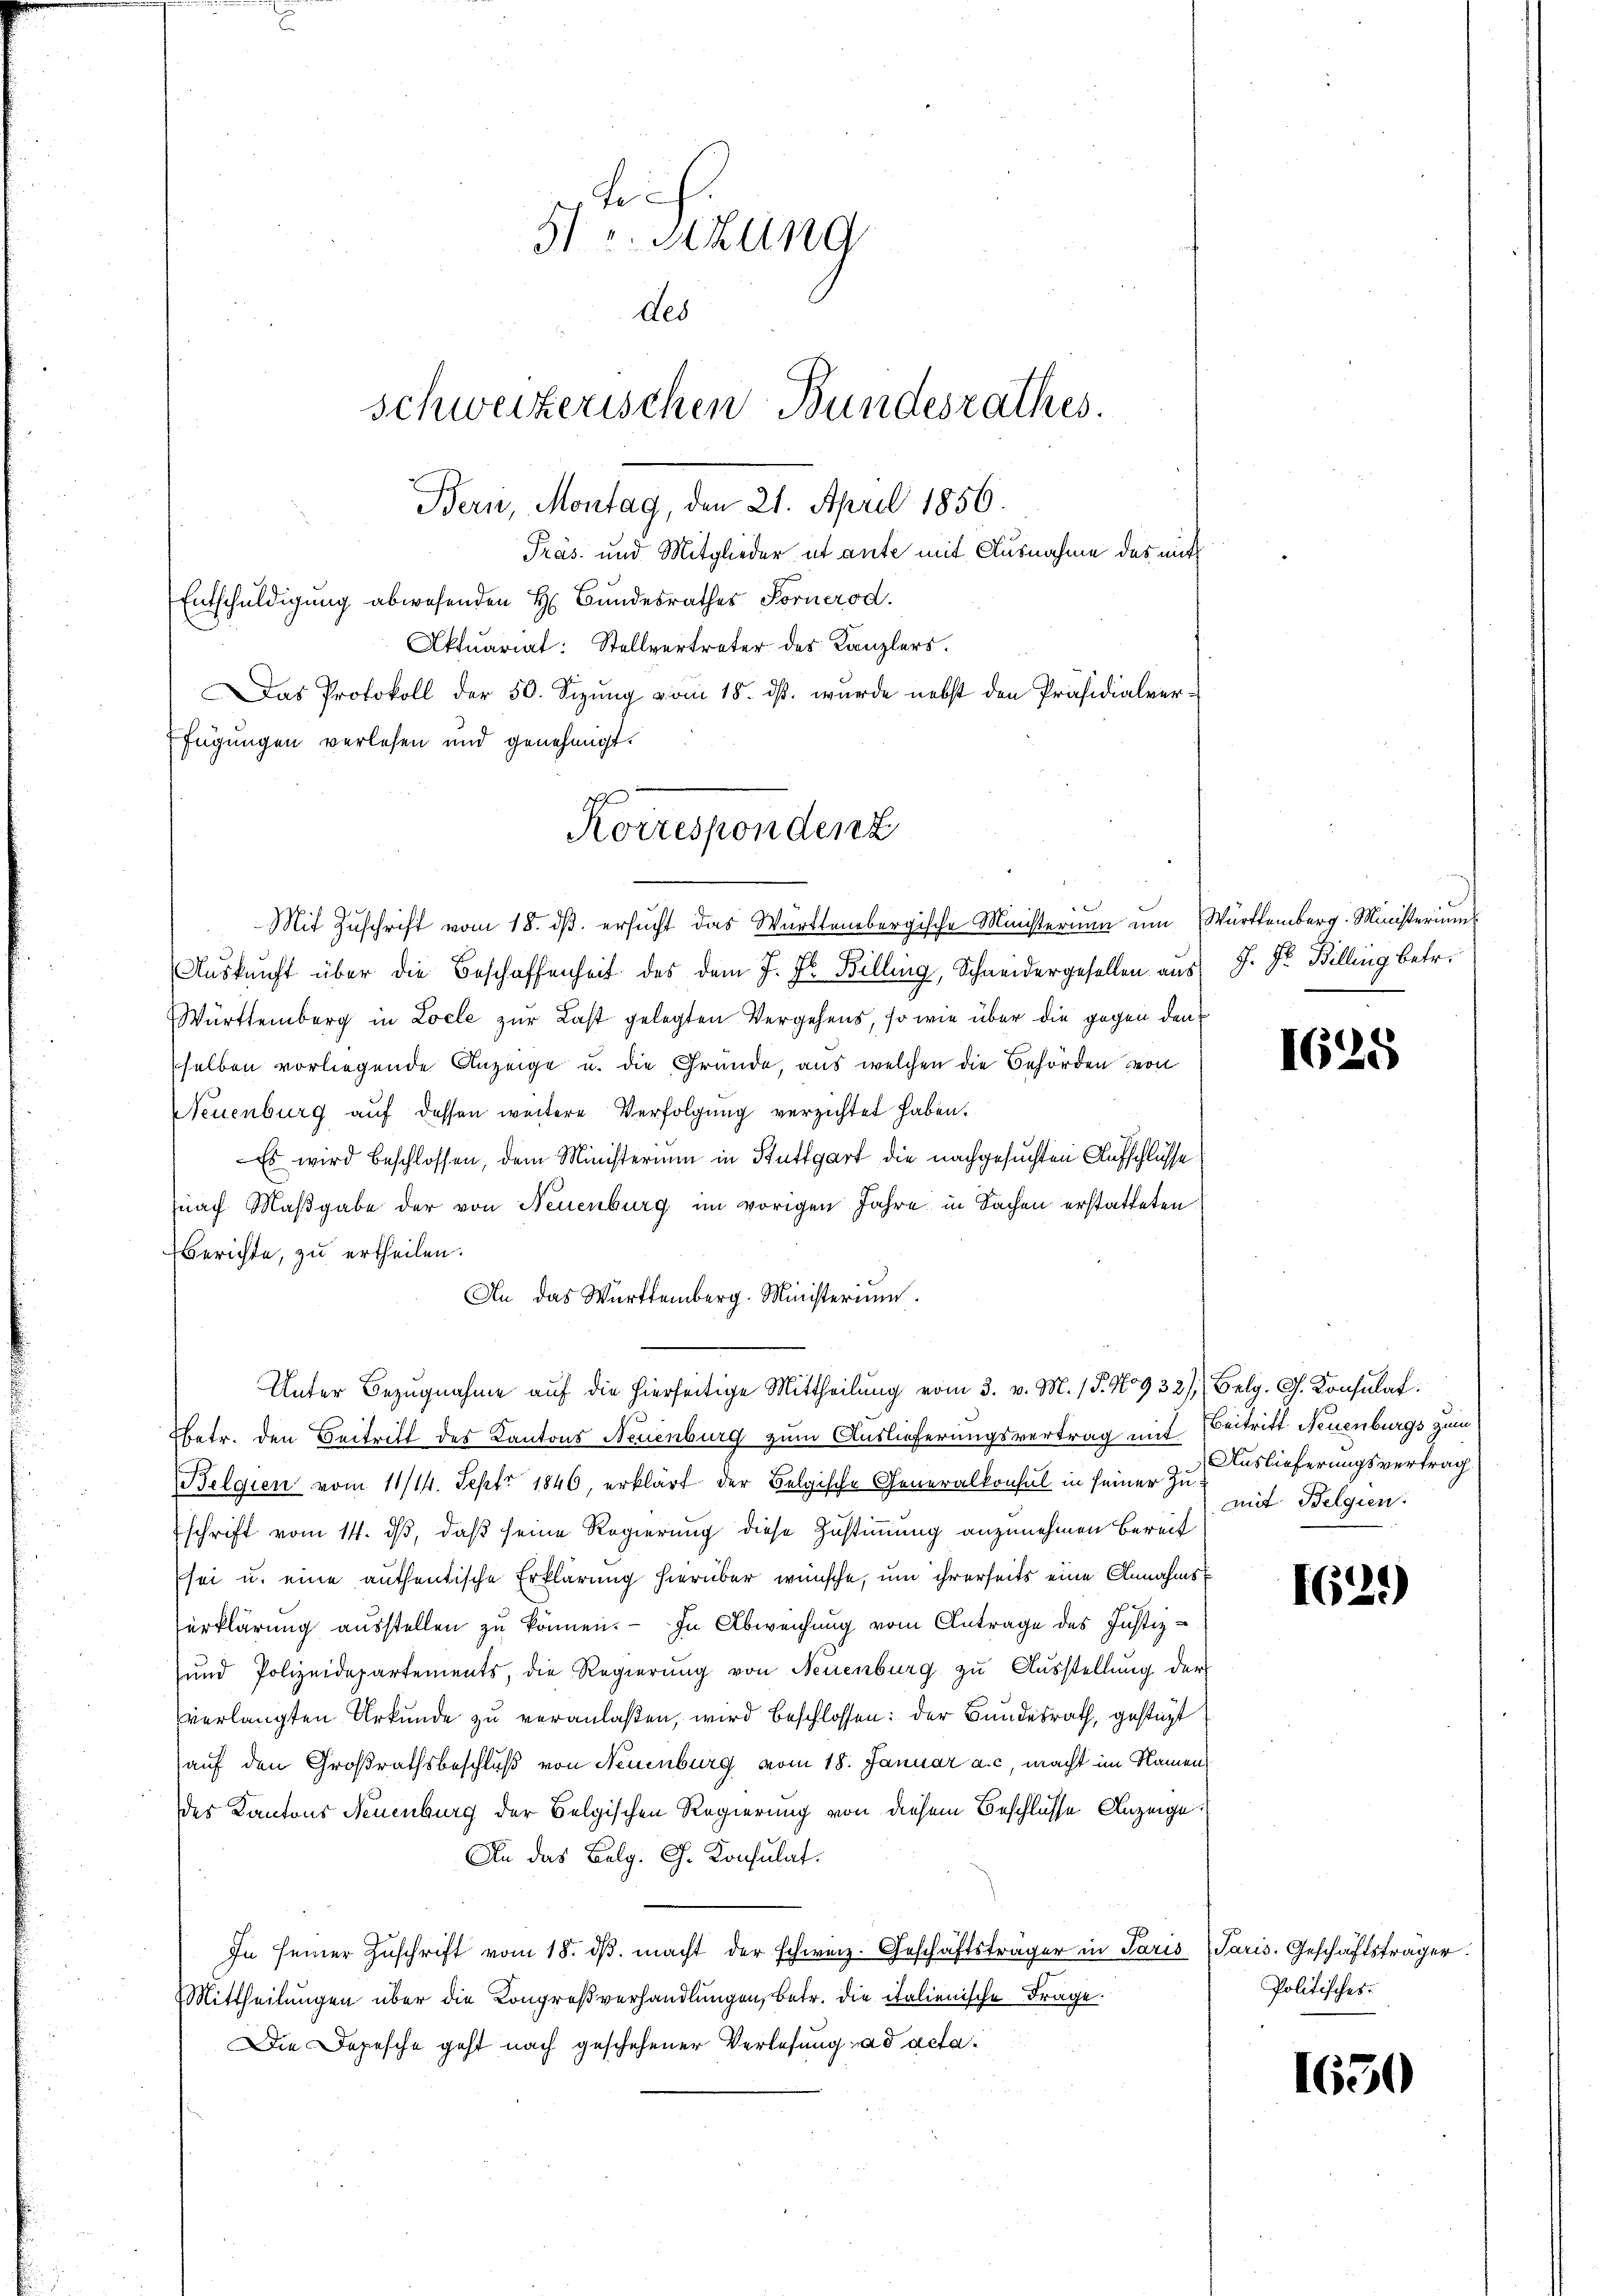
5t v. Sitzung
des
schweizerischen Bundesrathes.
Bern, Montag, den 21. April 1856.
Präs. und Mitglieder ut ante mit Ausnahme des mit
Entschuldigung abwesenden H. Bundesrathes Forner od.
Aktuariat: Stellvertreter des Kanzlers.
Das Protokoll der 50. Sizung vom 18. ds. wurde nebst den Präsidialverfügungen verlesen und genehmigt.

Korrespondenz

Mit Zuschrift vom 18. ds. ersucht das Württembergische Ministerium um Württemberg. Ministeriums
Auskunft über die Beschaffenheit des dem J. J. Billing, Schneidergesellen aus
Württemberg in Locle zur Last gelegten Vergehens, so wie über die gegen den
selben vorliegende Anzeige u. die Gründe, aus welchen die Behörden von
Neuenburg auf dessen weitere Verfolgung verzichtet haben.
Es wird beschlossen, dem Ministerium in Stuttgart die nachgesuchten Aufschlüsse
nach Maßgabe der von Neuenburg im vorigen Jahre in Sachen erstatteten
erichte, zu ertheilen.
An das Württemberg. Ministerium.
Unter Bezugnahme auf die hierseitige Mittheilung vom 3. v. M. P. No 932/ Belg. G. Konsulat
betr. den Beitritt des Kantons Neuenburg zum Auslieferungsvertrag mit Beitritt Neuenburgs zum
Belgien vom 11/14. Sept. 1846, erklärt der Belgische Generalkonsul in seiner Zuschrift vom 14. ds, daß seine Regierung diese Zustimmung anzunehmen bereit
sei u. eine authentische Erklärung hierüber wünsche, um ihrerseits eine Annahms
erklärung ausstellen zu können. — In Abweichung vom Antrage des Justiz¬
und Polizeidepartements, die Regierung von Neuenburg zu Ausstellung der
verlangten Urkunde zu veranlaßen, wird beschlossen: der Bundesrath, gestüzt
auf den Großrathsbeschluß von Neuenburg vom 18. Januar a. c. macht im Namen
des Kantons Neuenburg der Belgischen Regierung von diesem Beschlüsse Anzeige.
An das Belg. G. Konsulat.
In seiner Zŭschrift vom 18. dβ. macht der schweiz. Geschäftsträger in Paris Paris. Geschäftsträger
Mittheilungen über die Kongreßverhandlungen, betr. die italienische Frage.
Die Depesche geht nach geschehener Verlesung ad acta¬

J. Dr. Billing betr.

I625

Auslieferungsvertrag
mit Belgien.

162.)

Politisches.

1650